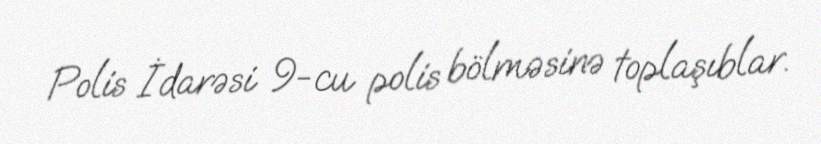
Polis İdarəsi 9-cu polis bölməsinə toplaşıblar.